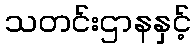
သတင်းဌာနနှင့်